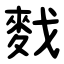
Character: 䴰